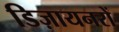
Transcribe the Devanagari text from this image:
डिज़ायनरों